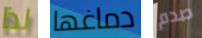
لذا دماغها صدم